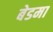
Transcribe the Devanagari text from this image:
बेडमा